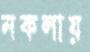
নকলায়